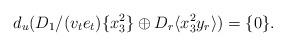
LaTeX: \begin{align*}d_u(D_1/(v_t e_t) \{ x_3^2 \} \oplus D_r \langle x_3^2 y_r \rangle )=\{ 0\}. \end{align*}